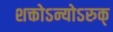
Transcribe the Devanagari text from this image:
शक्तोऽन्योऽरुक्